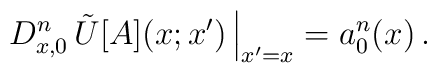
\left. D_{x,0}^n \, \tilde U[A](x;x') \, \right\vert_{x' = x} = a_0^n(x)   \,.